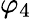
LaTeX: \varphi_{4}